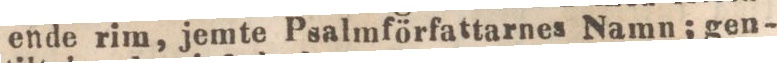
ende rim, jemte Psalmförfattarnes Namn; gen-